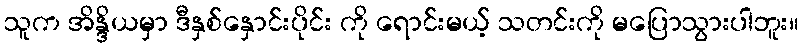
သူက အိန္ဒိယမှာ ဒီနှစ်နှောင်းပိုင်း ကို ရောင်းမယ့် သတင်းကို မပြောသွားပါဘူး။